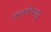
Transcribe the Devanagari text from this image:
कलारिपयट्टू